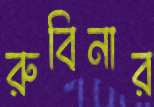
রুবিনার